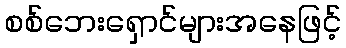
စစ်ဘေးရှောင်များအနေဖြင့်